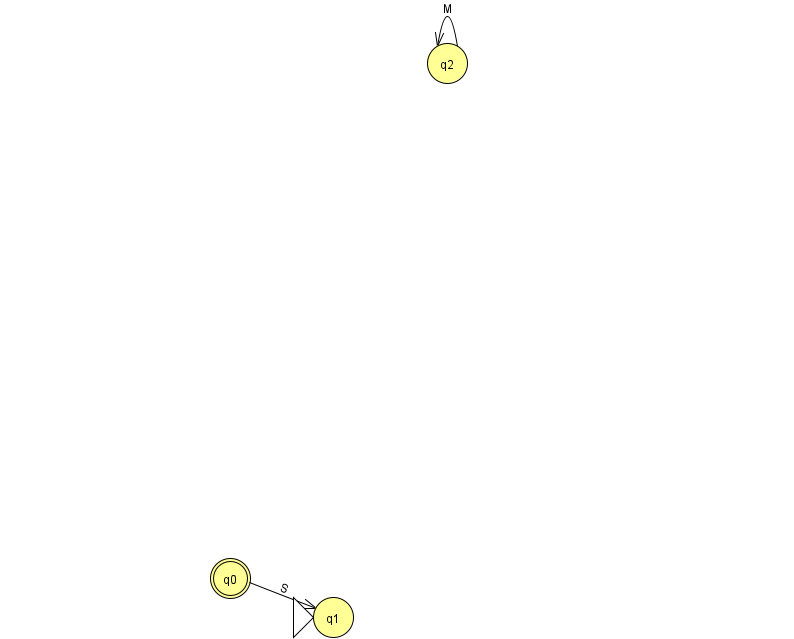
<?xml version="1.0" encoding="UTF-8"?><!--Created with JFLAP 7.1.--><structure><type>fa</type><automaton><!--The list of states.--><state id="0" name="q0"><x>230.0</x><y>565.0</y><final/></state><state id="1" name="q1"><x>333.0</x><y>604.0</y><initial/></state><state id="2" name="q2"><x>447.0</x><y>50.0</y></state><!--The list of transitions.--><transition><from>0</from><to>1</to><read>S</read></transition><transition><from>2</from><to>2</to><read>M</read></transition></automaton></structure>